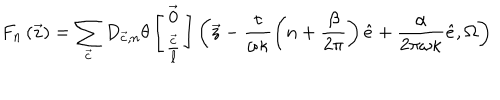
F _ { n } \left( { \vec { z } } \right) = \sum _ { { \vec { c } } } D _ { { \vec { c } } , n } \theta \left[ \begin{array} { c } { { { \vec { 0 } } } } \\ { { \frac { { \vec { c } } } { \ell } } } \\ \end{array} \right] \left( { \vec { z } } - \frac { \tau } { \omega \kappa } \left( n + \frac { \beta } { 2 \pi } \right) { \hat { e } } + \frac { \alpha } { 2 \pi \omega \kappa } { \hat { e } } , \Omega \right)